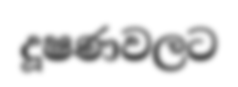
දූෂණවලට